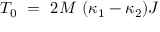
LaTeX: { \cal T } _ { 0 } ~ = ~ 2 M ~ ( \kappa _ { 1 } - \kappa _ { 2 } ) { \cal J }